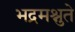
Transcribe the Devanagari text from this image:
भद्रमश्नुते